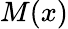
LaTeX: M(x)